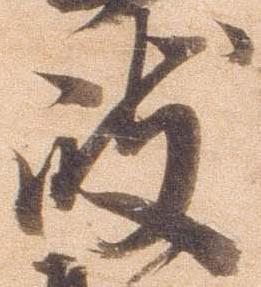
岐